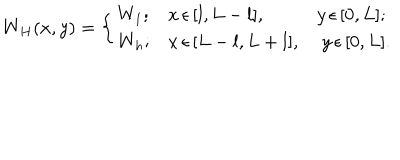
W _ { H } ( x , y ) = \left\{ \begin{array} { l l l } { { W _ { 1 } ; } } & { { x \, \epsilon \, [ l , L - l ] , } } & { { y \, \epsilon \, [ 0 , L ] ; } } \\ { { W _ { h } ; } } & { { x \, \epsilon \, [ L - l , L + l ] , } } & { { \; y \, \epsilon \, [ 0 , L ] . } } \\ \end{array} \right.